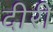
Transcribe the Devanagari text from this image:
दीरी